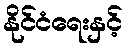
နိုင်ငံရေးနှင့်